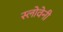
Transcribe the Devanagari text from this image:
स्लोवेनी